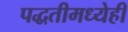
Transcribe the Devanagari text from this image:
पद्धतीमध्येही